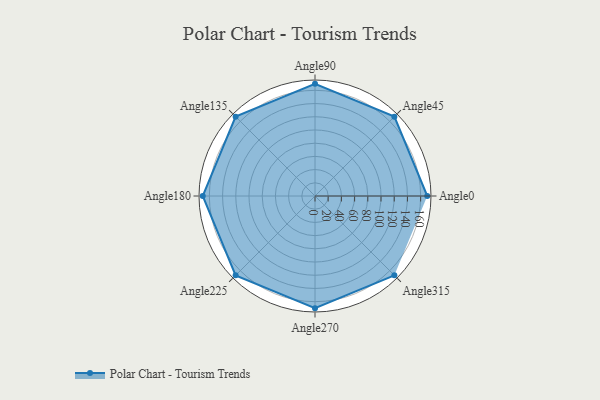
{"axis": {"x": "Angle", "y": "Radius"}, "legend": [""], "data": [{"x": "Angle0", "y": 170, "type": ""}, {"x": "Angle45", "y": 170, "type": ""}, {"x": "Angle90", "y": 170, "type": ""}, {"x": "Angle135", "y": 170, "type": ""}, {"x": "Angle180", "y": 170, "type": ""}, {"x": "Angle225", "y": 170.0, "type": ""}, {"x": "Angle270", "y": 170, "type": ""}, {"x": "Angle315", "y": 170, "type": ""}]}